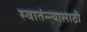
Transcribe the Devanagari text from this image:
स्वातंन्न्यासाठी